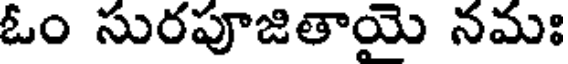
ఓం సురపూజితాయై నమః